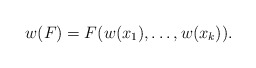
\begin{align*} w(F)=F(w(x_1),\dots,w(x_k)).\end{align*}